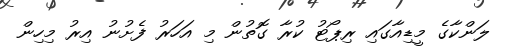
ލަންކާގެ މީޑިއާގައި ރިޕޯޓު ކުރާ ގޮތުން މި އަހަރު ފެށުނު އިރު މިހިން